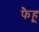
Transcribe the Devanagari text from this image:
फैहू